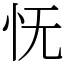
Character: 怃